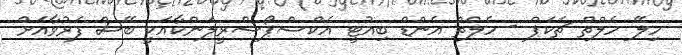
ހިލޭ ހެލްތް ޗެކަޕް - ހެލްތް އެންޑް ބިއުޓީ އެކްސްޕޯސްރީލަންކާއަކީ ބޭސް ފަރުވާއަށް